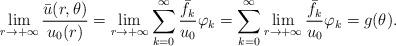
LaTeX: \begin{align*}\lim\limits_{r\to+\infty}\frac{\bar u(r,\theta)}{u_0(r)}=\lim\limits_{r\to+\infty}\sum_{k=0}^{\infty} \frac{\bar f_k}{u_0}\varphi_k=\sum_{k=0}^{\infty} \lim\limits_{r\to + \infty}\frac{\bar f_k}{u_0}\varphi_k=g(\theta).\end{align*}